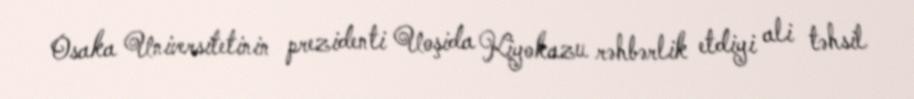
Osaka Universitetinin prezidenti Uoşida Kiyokazu rəhbərlik etdiyi ali təhsil